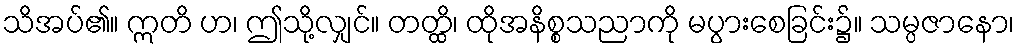
သိအပ်၏။ ဣတိ ဟ၊ ဤသို့လျှင်။ တတ္ထိ၊ ထိုအနိစ္စသညာကို မပွားစေခြင်း၌။ သမ္ပဇာနော၊